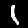
Digit: 1